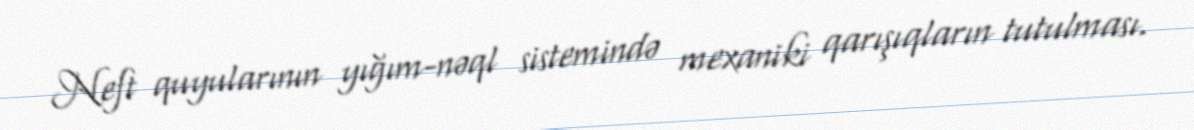
Neft quyularının yığım-nəql sistemində mexaniki qarışıqların tutulması.